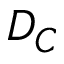
D _ { C }